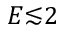
E { \lesssim } 2